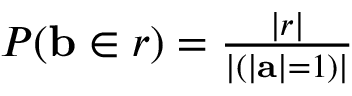
\begin{array} { r } { P ( \mathbf { b } \in r ) = \frac { | r | } { | ( | \mathbf { a } | = 1 ) | } } \end{array}